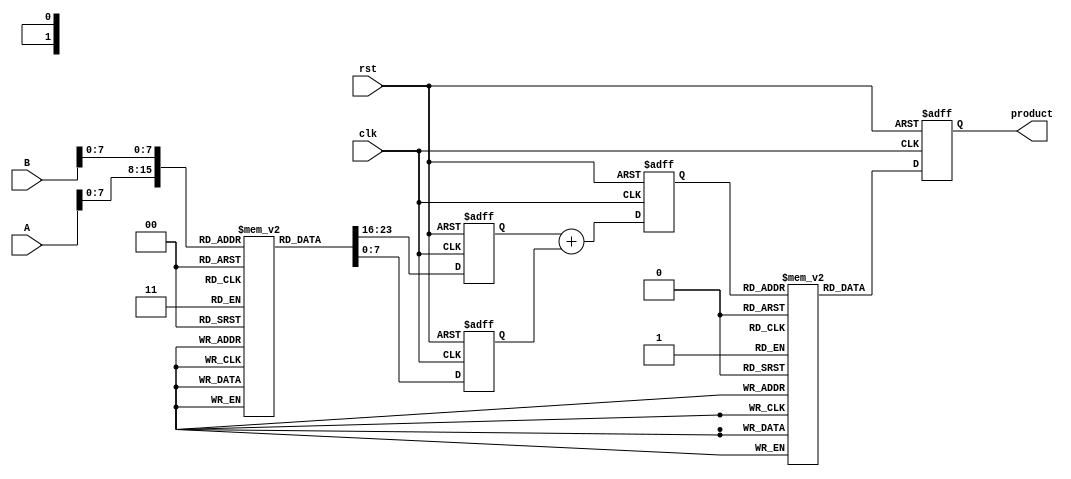
module LogarithmicMultiplier (
    input [15:0] A,  // Input A (fixed-point representation)
    input [15:0] B,  // Input B (fixed-point representation)
    output reg [15:0] product, // Output product (fixed-point representation)
    input clk,
    input rst
);

    // Logarithm and Exponential LUTs (example values)
    reg [15:0] log_lut [0:255]; // LUT for log values
    reg [15:0] exp_lut [0:255]; // LUT for exp values

    // Initialize LUTs (this should be done in an initial block or a separate function)
    initial begin
        // Populate log_lut and exp_lut with appropriate values
        // For example, log_lut[0] = 0, log_lut[1] = 0, log_lut[2] = 1, etc.
        // Populate exp_lut similarly
    end

    // Internal signals
    reg [15:0] logA, logB, logSum;

    // Logarithmic conversion
    always @(posedge clk or posedge rst) begin
        if (rst) begin
            logA <= 0;
            logB <= 0;
            logSum <= 0;
            product <= 0;
        end else begin
            // Assume A and B are in the range [0, 255]
            logA <= log_lut[A]; // Lookup log(A)
            logB <= log_lut[B]; // Lookup log(B)
            logSum <= logA + logB; // Add logarithmic values
            product <= exp_lut[logSum]; // Lookup exp(logSum)
        end
    end

endmodule